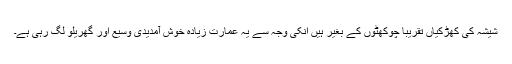
شیشہ کی کھڑکیاں تقریباً چوکھٹوں کے بغیر ہیں انکی وجہ سے یہ عمارت زیادہ خوش آمدیدی وسیع اور گھریلو لگ رہی ہے۔